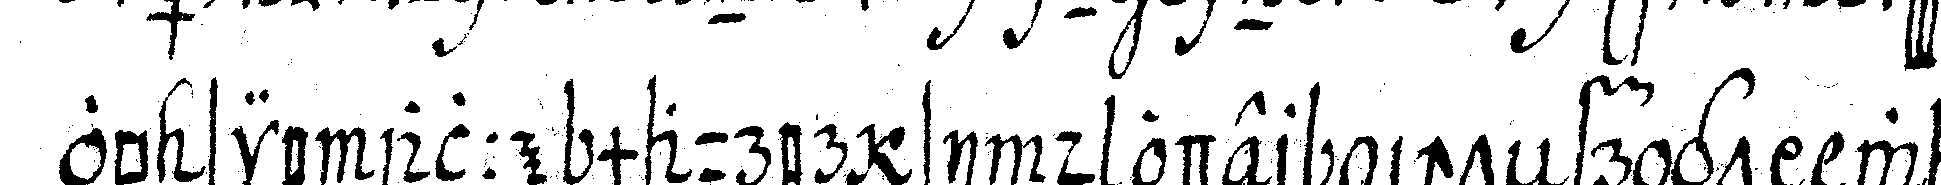
ob sie alle maurer sind oder nicht frägt was